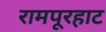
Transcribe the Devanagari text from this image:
रामपूरहाट